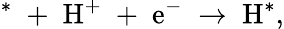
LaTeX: \mathrm{^{*}\; +\; H^{+}\; +\; e^{-}\; \rightarrow\; H^{*}},